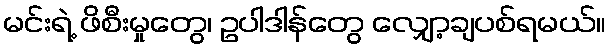
မင်းရဲ့ ဖိစီးမှုတွေ၊ ဥပါဒါန်တွေ လျှော့ချပစ်ရမယ်။